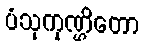
ပံသုကုဏ္ဌိတော